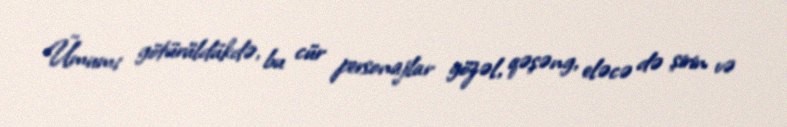
Ümumi götürüldükdə, bu cür personajlar gözəl, qəşəng, eləcə də şirin və